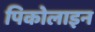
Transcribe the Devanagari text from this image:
पिकोलाइन